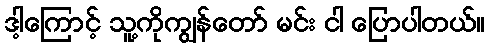
ဒါ့ကြောင့် သူ့ကိုကျွန်တော် မင်း ငါ ပြောပါတယ်။